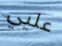
عليي